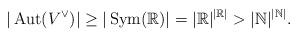
LaTeX: \begin{align*}|\operatorname{Aut}(V^\vee)|\ge|\operatorname{Sym}(\mathbb{R})|=|\mathbb{R}|^{|\mathbb{R}|}>|\mathbb{N}|^{|\mathbb{N}|}.\end{align*}